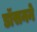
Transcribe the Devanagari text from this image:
डॉसनने